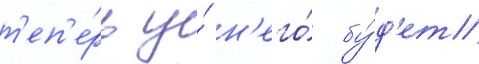
т'еп'е́рь у́ н'его́ бу́д'ет